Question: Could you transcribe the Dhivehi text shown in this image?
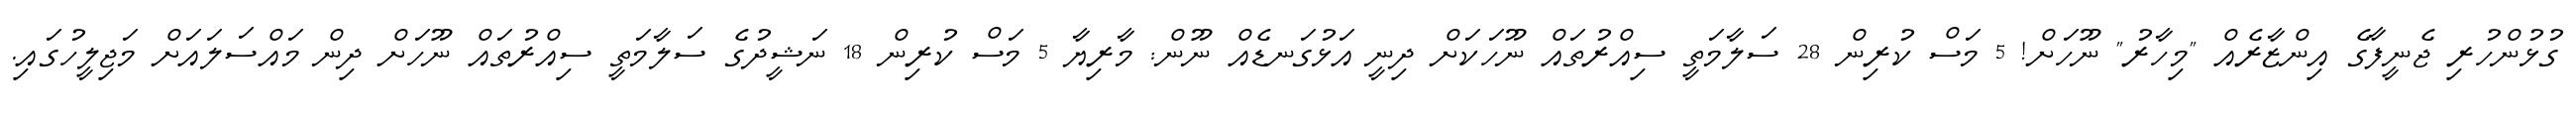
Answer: ގުޅުންހުރި ޖެނީފާގެ އިންޒާރެއް "މިހާރު" ނޫހަށް! 5 މަސް ކުރިން 28 ސަލާމަތީ ސިއްރުތައް ނޫހަކަށް ދިނީ އަޅުގަނޑެއް ނޫން: މާރިޔާ 5 މަސް ކުރިން 18 ނަޝީދުގެ ސަލާމަތީ ސިއްރުތައް ނޫހަށް ދިން މައްސަލައަށް މަޖިލީހުގައި.